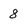
Character: 8